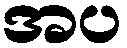
အပ